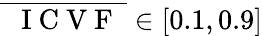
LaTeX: \overline{{\mathrm{~\textit~{~I~C~V~F~}~}}}\in\left[0.1,0.9\right]